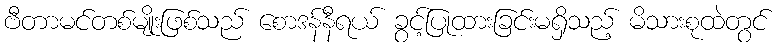
ဗီတာမင်တစ်မျိုးဖြစ်သည် စောဒန်နီရယ် ခွင့်ပြုထားခြင်းမရှိသည့် မိသားစုထဲတွင်